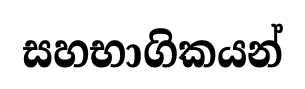
සහභාගිකයන්